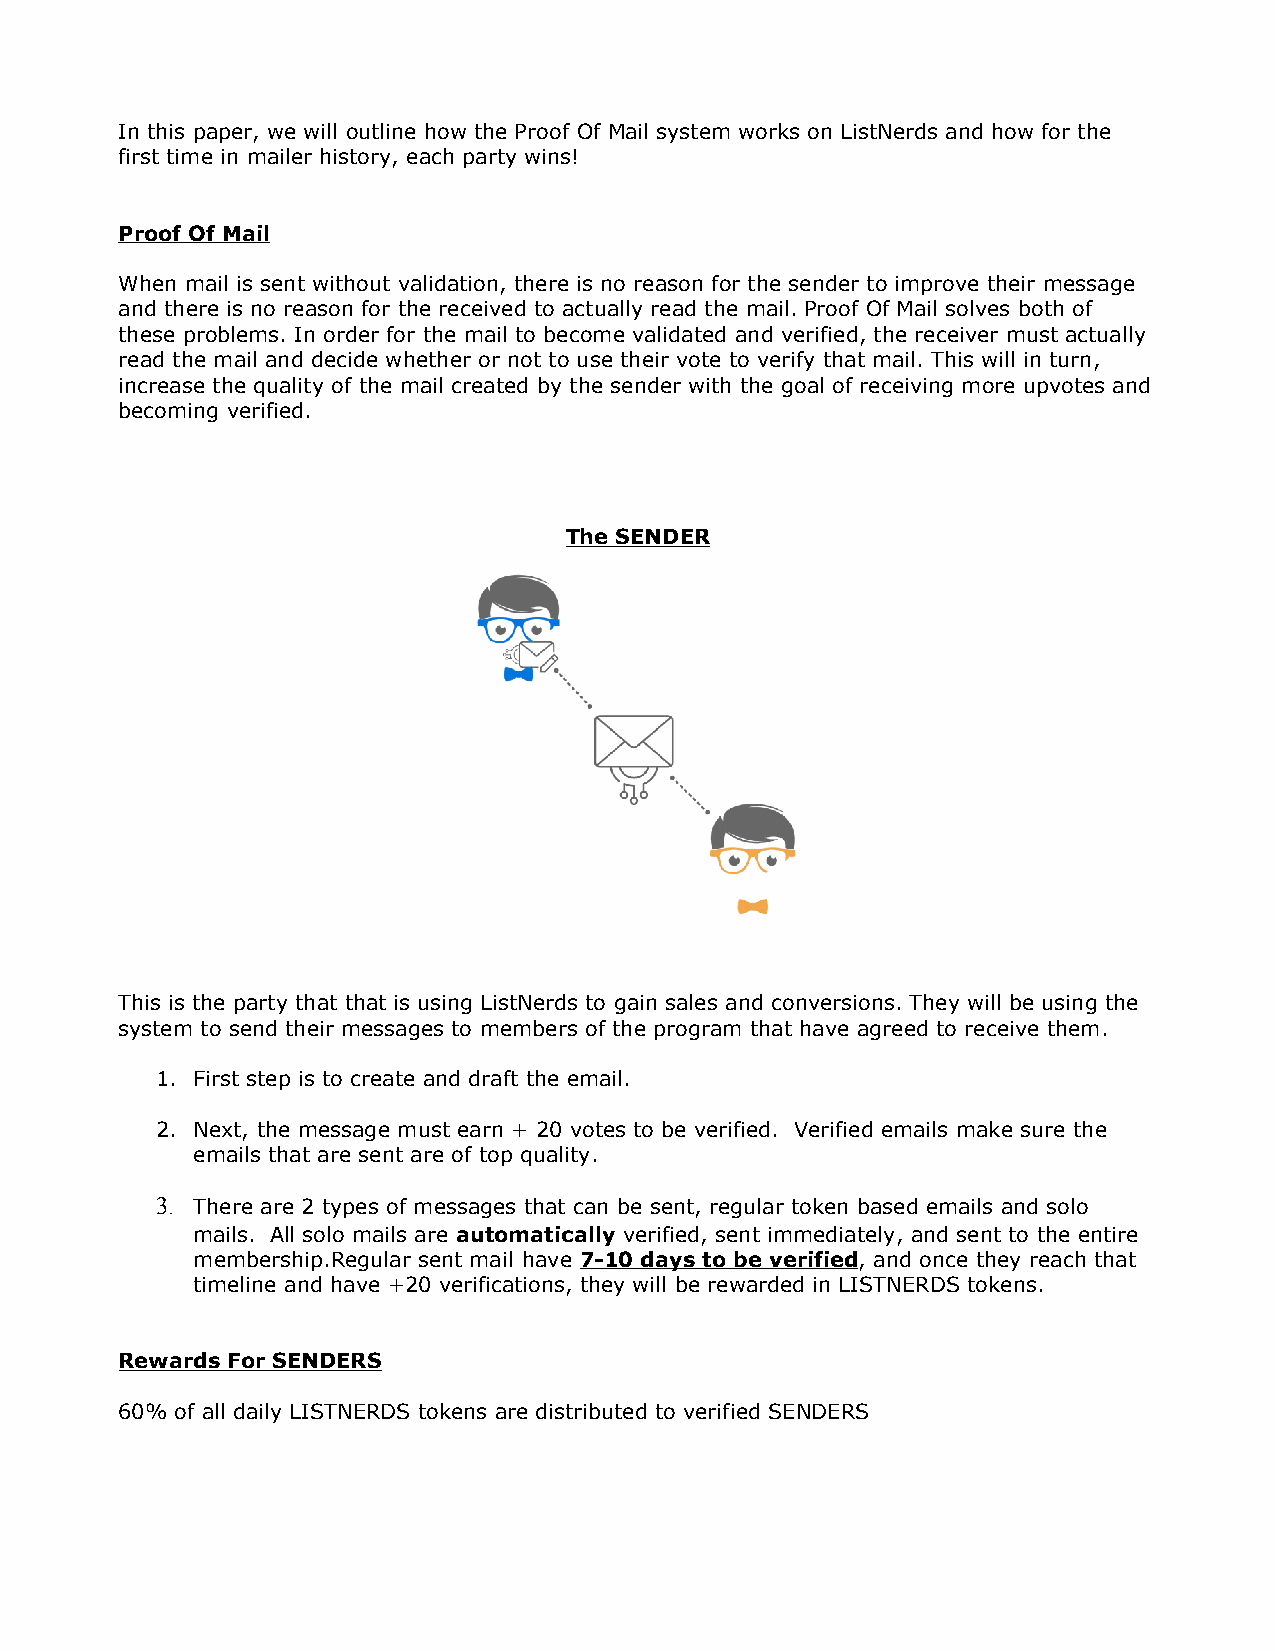
In this paper, we will outline how the Proof Of Mail system works on ListNerds and how for the
 first time in mailer history, each party wins!
 Proof Of Mail
 When mail is sent without validation, there is no reason for the sender to improve their message
 and there is no reason for the received to actually read the mail. Proof Of Mail solves both of
 these problems. In order for the mail to become validated and verified, the receiver must actually
 read the mail and decide whether or not to use their vote to verify that mail. This will in turn,
 increase the quality of the mail created by the sender with the goal of receiving more upvotes and
 becoming verified.
 The SENDER
 This is the party that that is using ListNerds to gain sales and conversions. They will be using the
 system to send their messages to members of the program that have agreed to receive them.
 1. First step is to create and draft the email.
 2. Next, the message must earn + 20 votes to be verified. Verified emails make sure the
 emails that are sent are of top quality.
 3. There are 2 types of messages that can be sent, regular token based emails and solo
 mails. All solo mails are automatically verified, sent immediately, and sent to the entire
 membership.Regular sent mail have 7-10 days to be verified, and once they reach that
 timeline and have +20 verifications, they will be rewarded in LISTNERDS tokens.
 Rewards For SENDERS
 60% of all daily LISTNERDS tokens are distributed to verified SENDERS